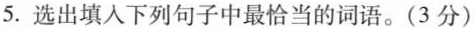
5.选出填入下列句子中最恰当的词语。(3分)